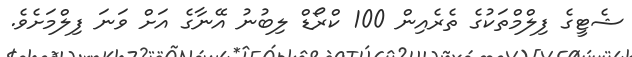
ޝެޓީގެ ފިލްމްތަކުގެ ތެރެއިން 100 ކްރޯޑް ލިބުނު އޭނާގެ އަށް ވަނަ ފިލްމަށެވެ.